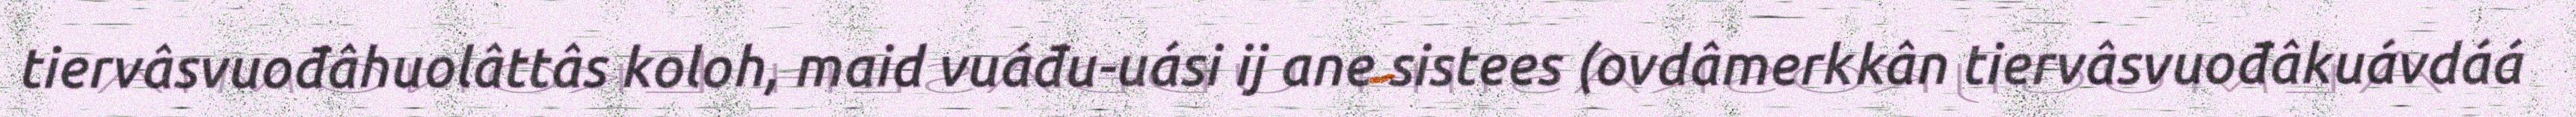
tiervâsvuođâhuolâttâs koloh, maid vuáđu-uási ij ane sistees (ovdâmerkkân tiervâsvuođâkuávdáá